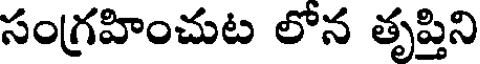
సంగ్రహించుట లోన తృప్తిని